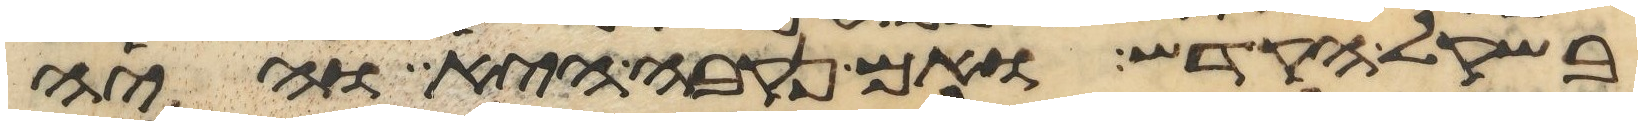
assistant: בשקל הקדש ואם נקבה היא והיה